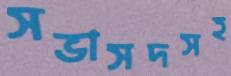
সভাসদসহ